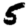
Digit: 5